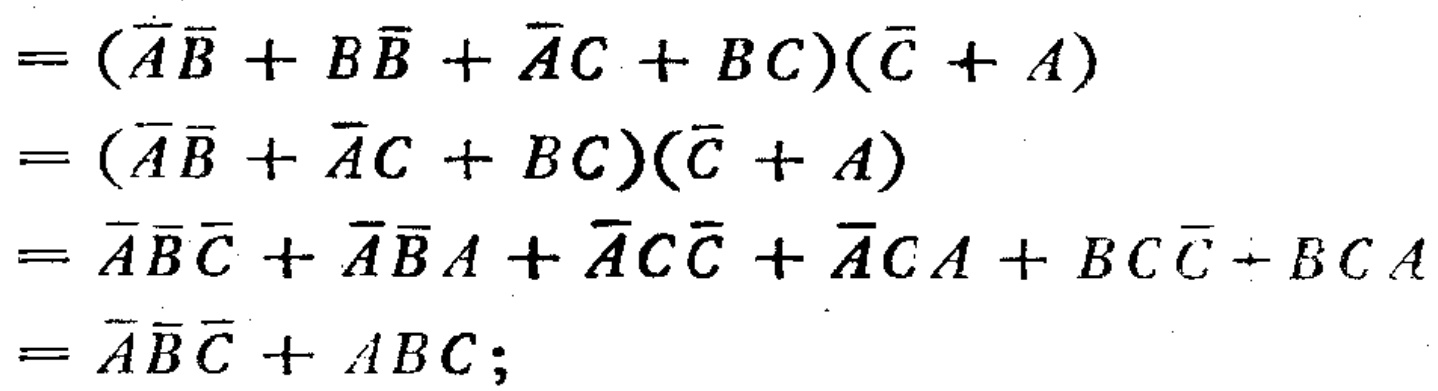
\[

\begin{align*}

&= (\overline{A}\overline{B} + B\overline{B} + \overline{A}C + BC)(\overline{C} + A)\\

&= (\overline{A}\overline{B} + \overline{A}C + BC)(\overline{C} + A)\\

&= \overline{A}\overline{B}\overline{C} + \overline{A}\overline{B}A + \overline{A}C\overline{C} + \overline{A}CA + BC\overline{C} + BCA\\

&= \overline{A}\overline{B}\overline{C} + ABC;

\end{align*}

\]